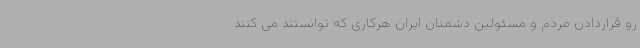
رو قراردادن مردم و مسئولین دشمنان ایران هرکاری که توانستند می کنند